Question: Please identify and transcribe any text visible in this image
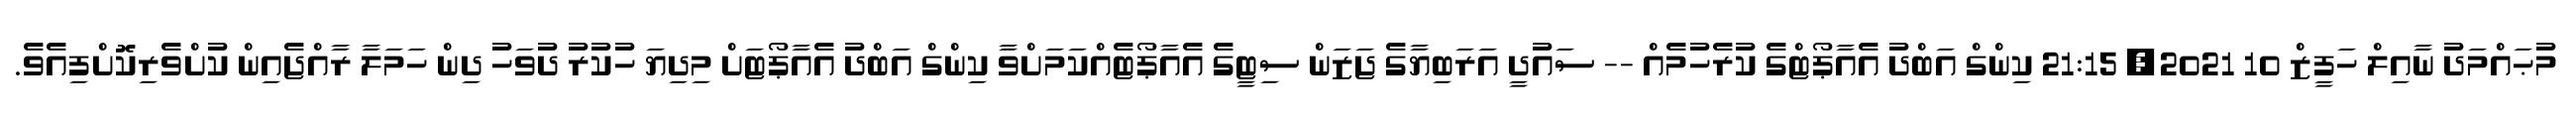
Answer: މުޙައްމަދު ނާއިލް ހަފީޒް 10 2021, 21:15 ކިންގް އަބްދު އެއާޕޯޓްގެ ކުރެހުމެއް -- ސައުދީ އަރަބިޔާގެ ޖަޒަން ސިޓީގެ އެއާޕޯޓެއްކަމަށްވާ ކިންގް އަބްދު އެއާޕޯޓަށް މިދިޔަ ހުކުރު ދުވަހު ދިން ހަމަލާ ރާއްޖެއިން ކުށްވެރިކޮށްފިއެވެ.